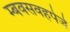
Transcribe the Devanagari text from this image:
म्बवसवहपेजे